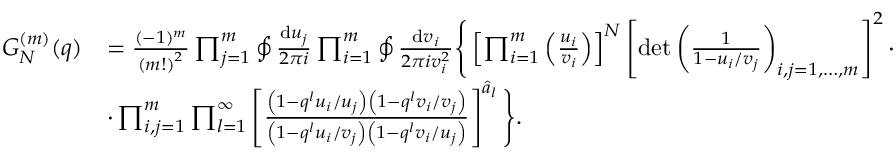
\begin{array} { r l } { G _ { N } ^ { ( m ) } ( q ) } & { = \frac { ( - 1 ) ^ { m } } { \left( m ! \right) ^ { 2 } } \prod _ { j = 1 } ^ { m } \oint \frac { { \mathrm { d } } u _ { j } } { 2 \pi i } \prod _ { i = 1 } ^ { m } \oint \frac { { \mathrm { d } } v _ { i } } { 2 \pi i v _ { i } ^ { 2 } } \Bigg \{ \left[ \prod _ { i = 1 } ^ { m } \left( \frac { u _ { i } } { v _ { i } } \right) \right] ^ { N } \left[ \operatorname* { d e t } \left( \frac { 1 } { 1 - u _ { i } / v _ { j } } \right) _ { i , j = 1 , \dots , m } \right] ^ { 2 } \cdot } \\ & { \cdot \prod _ { i , j = 1 } ^ { m } \prod _ { l = 1 } ^ { \infty } \left[ \frac { \left( 1 - q ^ { l } u _ { i } / u _ { j } \right) \left( 1 - q ^ { l } v _ { i } / v _ { j } \right) } { \left( 1 - q ^ { l } u _ { i } / v _ { j } \right) \left( 1 - q ^ { l } v _ { i } / u _ { j } \right) } \right] ^ { \hat { a } _ { l } } \Bigg \} . } \end{array}